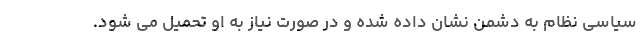
سیاسی نظام به دشمن نشان داده شده و در صورت نیاز به او تحمیل می‌ شود.